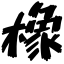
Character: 橡